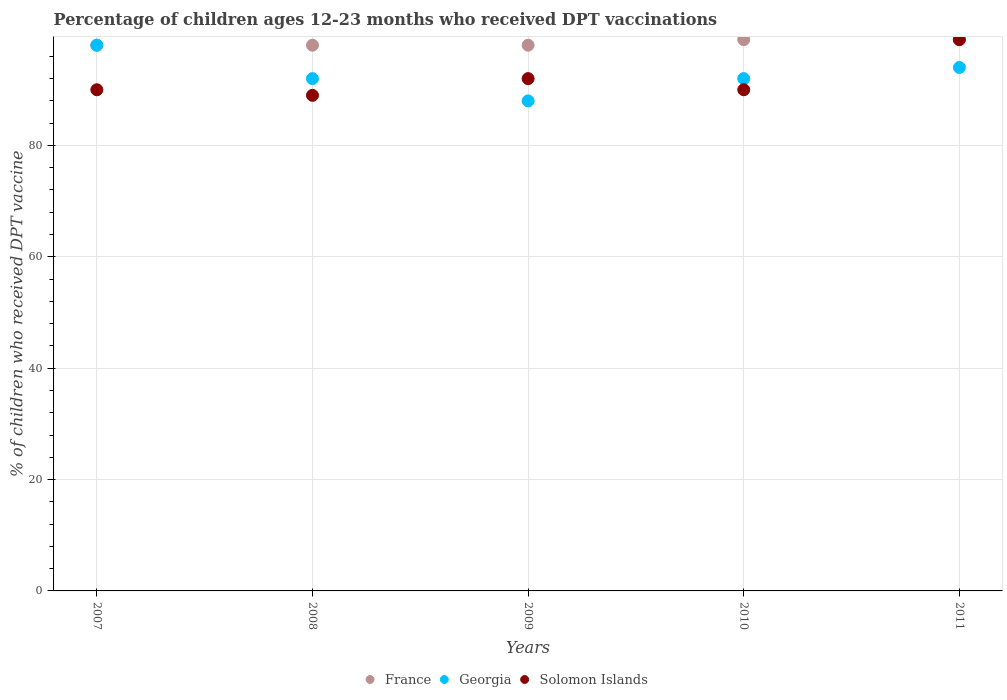
| Years | France | Georgia | Solomon Islands |
 | --- | --- | --- | --- |
 | 2007 | 98 | 98 | 90 |
 | 2008 | 98 | 92 | 89 |
 | 2009 | 98 | 88 | 92 |
 | 2010 | 99 | 92 | 90 |
 | 2011 | 99 | 94 | 99 |